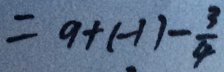
= 9 + ( - 1 ) - \frac { 3 } { 4 }